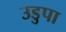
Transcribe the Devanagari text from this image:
उडुपा